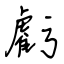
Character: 虧